Destruction of fleas by exposure to the sun - Number 40
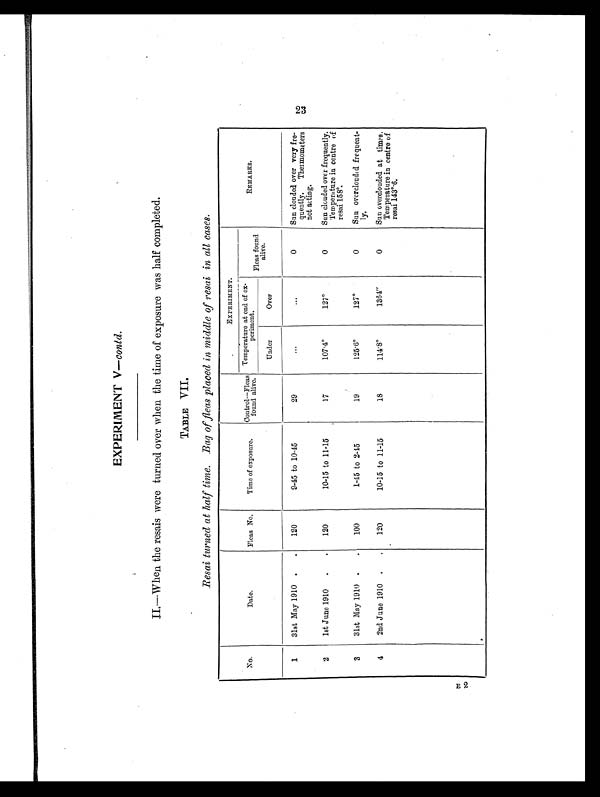
EXPERIMENT V—contd.
II.— When the resais were turned over when the time of exposure was half completed.
TABLE VII.
Resai turned at half time. Bag of fleas placed in middle of resai in all cases.
No.
Date.
Fleas No.
Time of exposure. Control—Fleas
found alive.
EXPERIMENT.
REMARKS.
Temperature at end of ex
periment.
Fleas found
alive.
Under
Over
1
31st May 1910 . .
120
9-45 to 10-45
29
. . .
...
0
Sun clouded over very fre
quently. Thermometers
not acting.
2
1st June 1910 . . 120
10-15 to 11-15
17
107. 4°127°0
Sun clouded over frequently.
Temperature in centre of
resai 158°.
3
31st May 1910 . . 100
1-45 to 2-45
19
125.6°127°0
Sun overclouded frequent
ly.
4
2nd June 1910 . . 120
10-15 to 11-15
18
114.8°1364
0
Sun overclouded at times.
Temperature in centre of
resai 143°.6.
23 E2